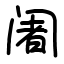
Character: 阇